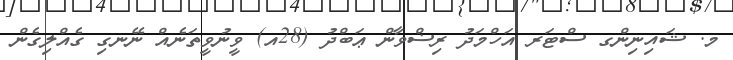
މ. ޝައިނިންގ ސްޓަރ އަހްމަދު ރިޟްވާން ޢަބްދު (28އ) ވީނުވީތަނެއް ނޭނގި ގެއްލިގެން